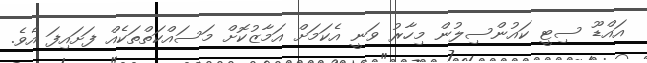
އައްޑޫ ސިޓީ ކައުންސިލުން މިހާރު ވަނީ އެކަމަށް އަމާޒުކޮށް މަސައްކަތްތަކެއް ފަށައިފަ އެވެ.